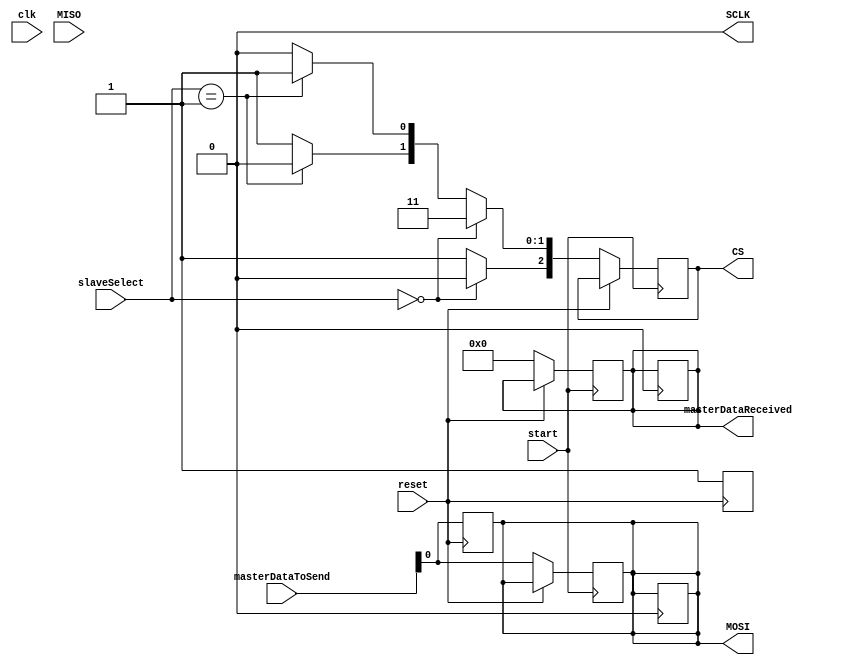
module Master(
    input clk,
    input reset,
    input start,
    input [1:0] slaveSelect,
    input [7:0] masterDataToSend,
    output reg [7:0] masterDataReceived,
    output SCLK,
    output reg [0:2] CS,
    output reg MOSI,
    input wire MISO
);

reg [3:0] count;
reg [7:0] data;
reg enable;
assign SCLK = clk & enable;


initial begin
    count = 4'd0;
    enable = 0;
    CS = 3'b111;
end

always @(posedge reset) begin
    count = 4'd0;
    enable = 0;
    CS = 3'b111;
    data = masterDataToSend;
    MOSI = data[0];
end

always @(posedge count[3])
    enable = 0;

always @(posedge start) begin
    #1 if(reset == 0) begin
        data = masterDataToSend;
        masterDataReceived = 8'b00000000;
        count = 4'd0;
        CS = 3'b111;
        if(slaveSelect == 0) begin
            CS[0] = 0;
        end else begin if (slaveSelect == 1) begin
            CS[1] = 0;
          end else begin
            CS[2] = 0;
          end
        end
        MOSI = data[0];
    end
    enable = 1;
end

//  SAMPLING && SHIFTING
always @(negedge SCLK) begin
    if(reset == 0 && enable == 1) begin
        masterDataReceived = masterDataReceived >> 1;
        masterDataReceived[7] = MISO;
        #8		//  Shifting happens right before the positive edge (after the negative edge)
        data = data >> 1;
        count <= count + 1'b1;
        if(count != 7)
            MOSI = data[0];
    end
end

endmodule